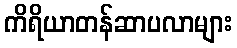
ကိရိယာတန်ဆာပလာများ